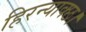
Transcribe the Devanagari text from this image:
हिरन्याक्छ।